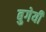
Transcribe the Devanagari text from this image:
बुगेयी